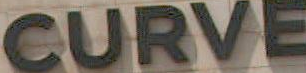
CURVE